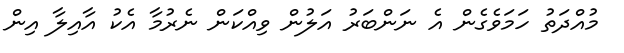
މުއްދަތު ހަމަވެގެން އެ ނަންބަރު އަލުން ވިއްކަން ނެރުމާ އެކު އާއިލާ އިން